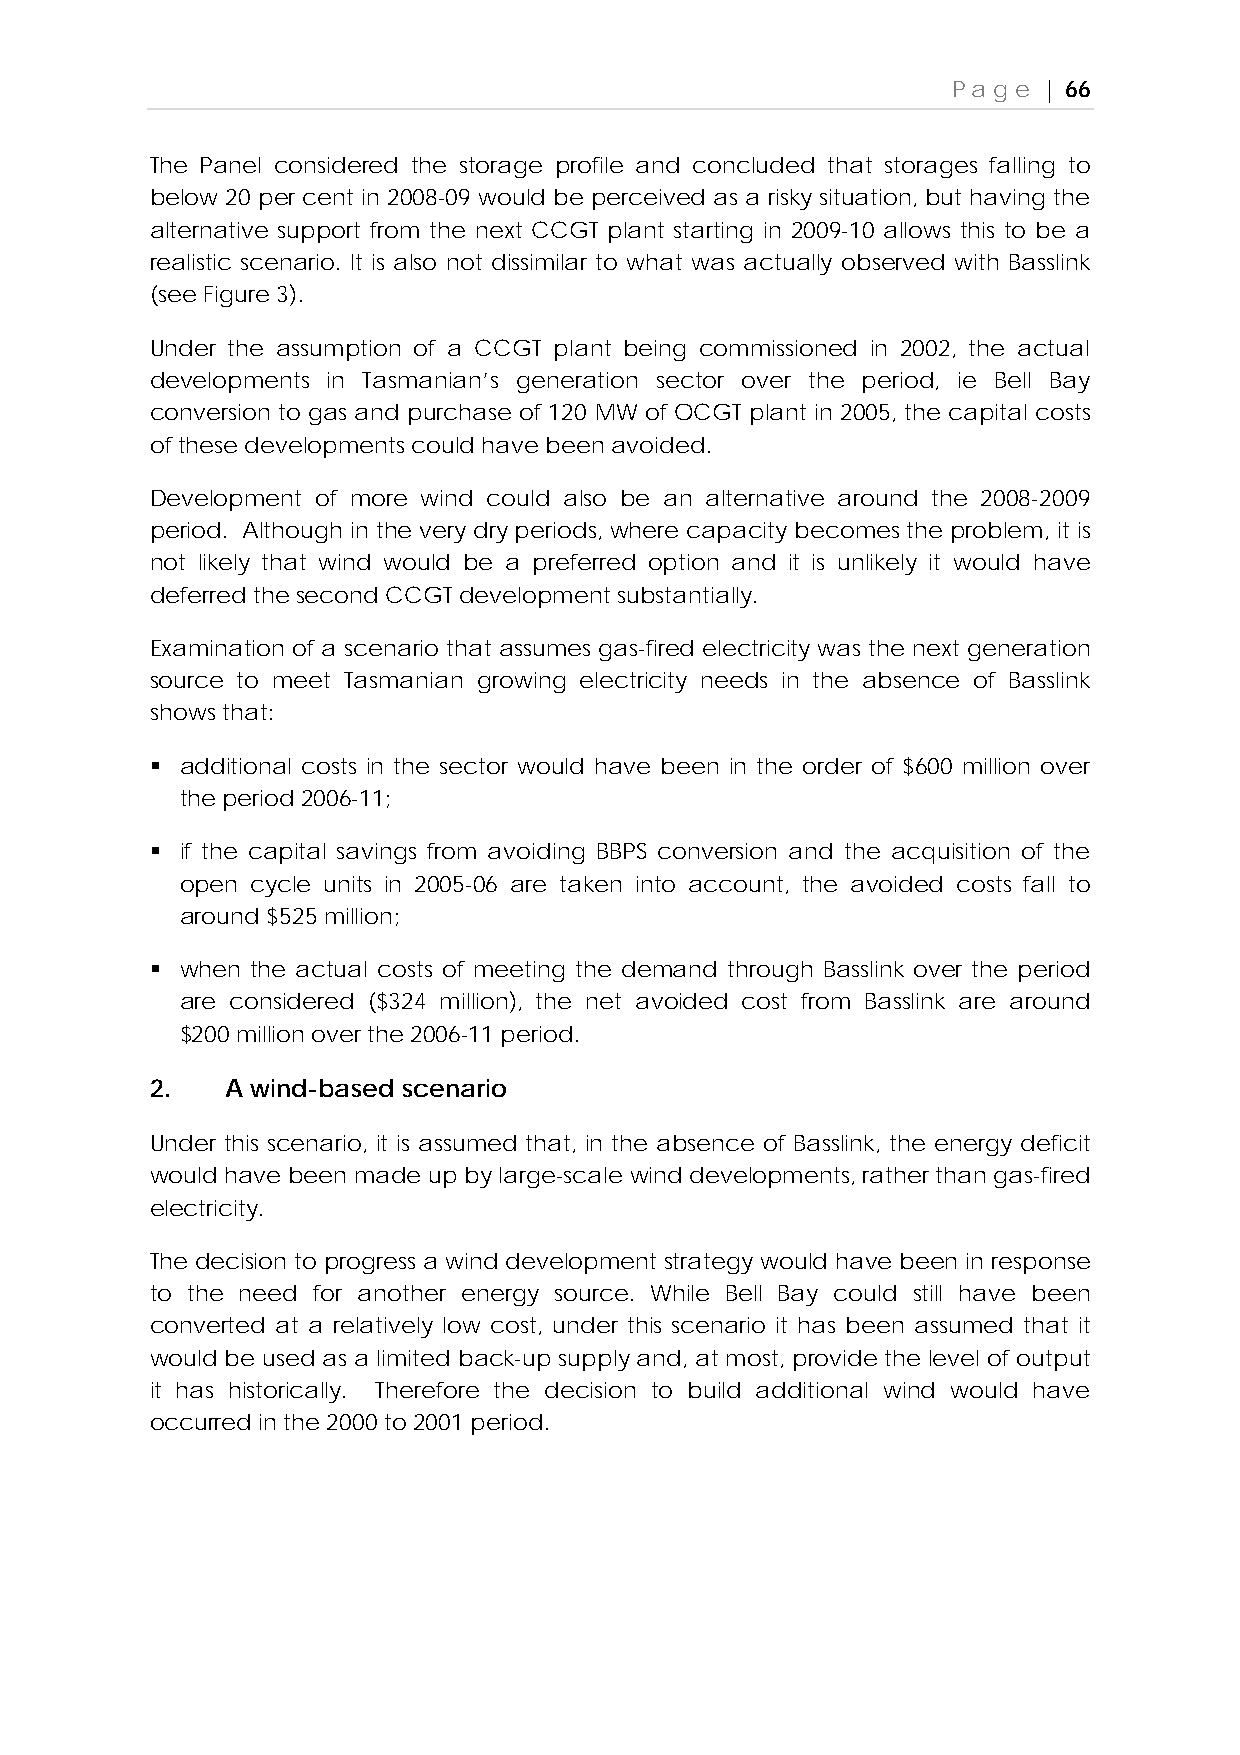
Page  | 66
 The Panel considered the storage profile and concluded that storages falling to
 below 20 per cent in 2008-09 would be perceived as a risky situation, but having the
 alternative support from the next CCGT plant starting in 2009-10 allows this to be a
 realistic scenario. It is also not dissimilar to what was actually observed with Basslink
 (see Figure 3).
 Under the assumption of a CCGT plant being commissioned in 2002, the actual
 developments in Tasmanian’s generation sector over the period, ie Bell Bay
 conversion to gas and purchase of 120 MW of OCGT plant in 2005, the capital costs
 of these developments could have been avoided.
 Development of more wind could also be an alternative around the 2008-2009
 period. Although in the very dry periods, where capacity becomes the problem, it is
 not likely that wind would be a preferred option and it is unlikely it would have
 deferred the second CCGT development substantially.
 Examination of a scenario that assumes gas-fired electricity was the next generation
 source to meet Tasmanian growing electricity needs in the absence of Basslink
 shows that:
  additional costs in the sector would have been in the order of $600 million over
 the period 2006-11;
  if the capital savings from avoiding BBPS conversion and the acquisition of the
 open cycle units in 2005-06 are taken into account, the avoided costs fall to
 around $525 million;
  when the actual costs of meeting the demand through Basslink over the period
 are considered ($324 million), the net avoided cost from Basslink are around
 $200 million over the 2006-11 period.
 2.   A wind-based scenario
 Under this scenario, it is assumed that, in the absence of Basslink, the energy deficit
 would have been made up by large-scale wind developments, rather than gas-fired
 electricity.
 The decision to progress a wind development strategy would have been in response
 to the need for another energy source. While Bell Bay could still have been
 converted at a relatively low cost, under this scenario it has been assumed that it
 would be used as a limited back-up supply and, at most, provide the level of output
 it has historically. Therefore the decision to build additional wind would have
 occurred in the 2000 to 2001 period.